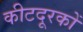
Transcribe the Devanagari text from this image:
कीटदूरकों